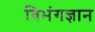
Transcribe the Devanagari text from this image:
विभंगज्ञान